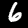
Label: 6